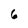
Character: 6